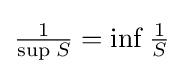
{\tfrac {1}{\sup _{}S}}=\inf _{}{\tfrac {1}{S}}